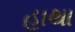
હાથા